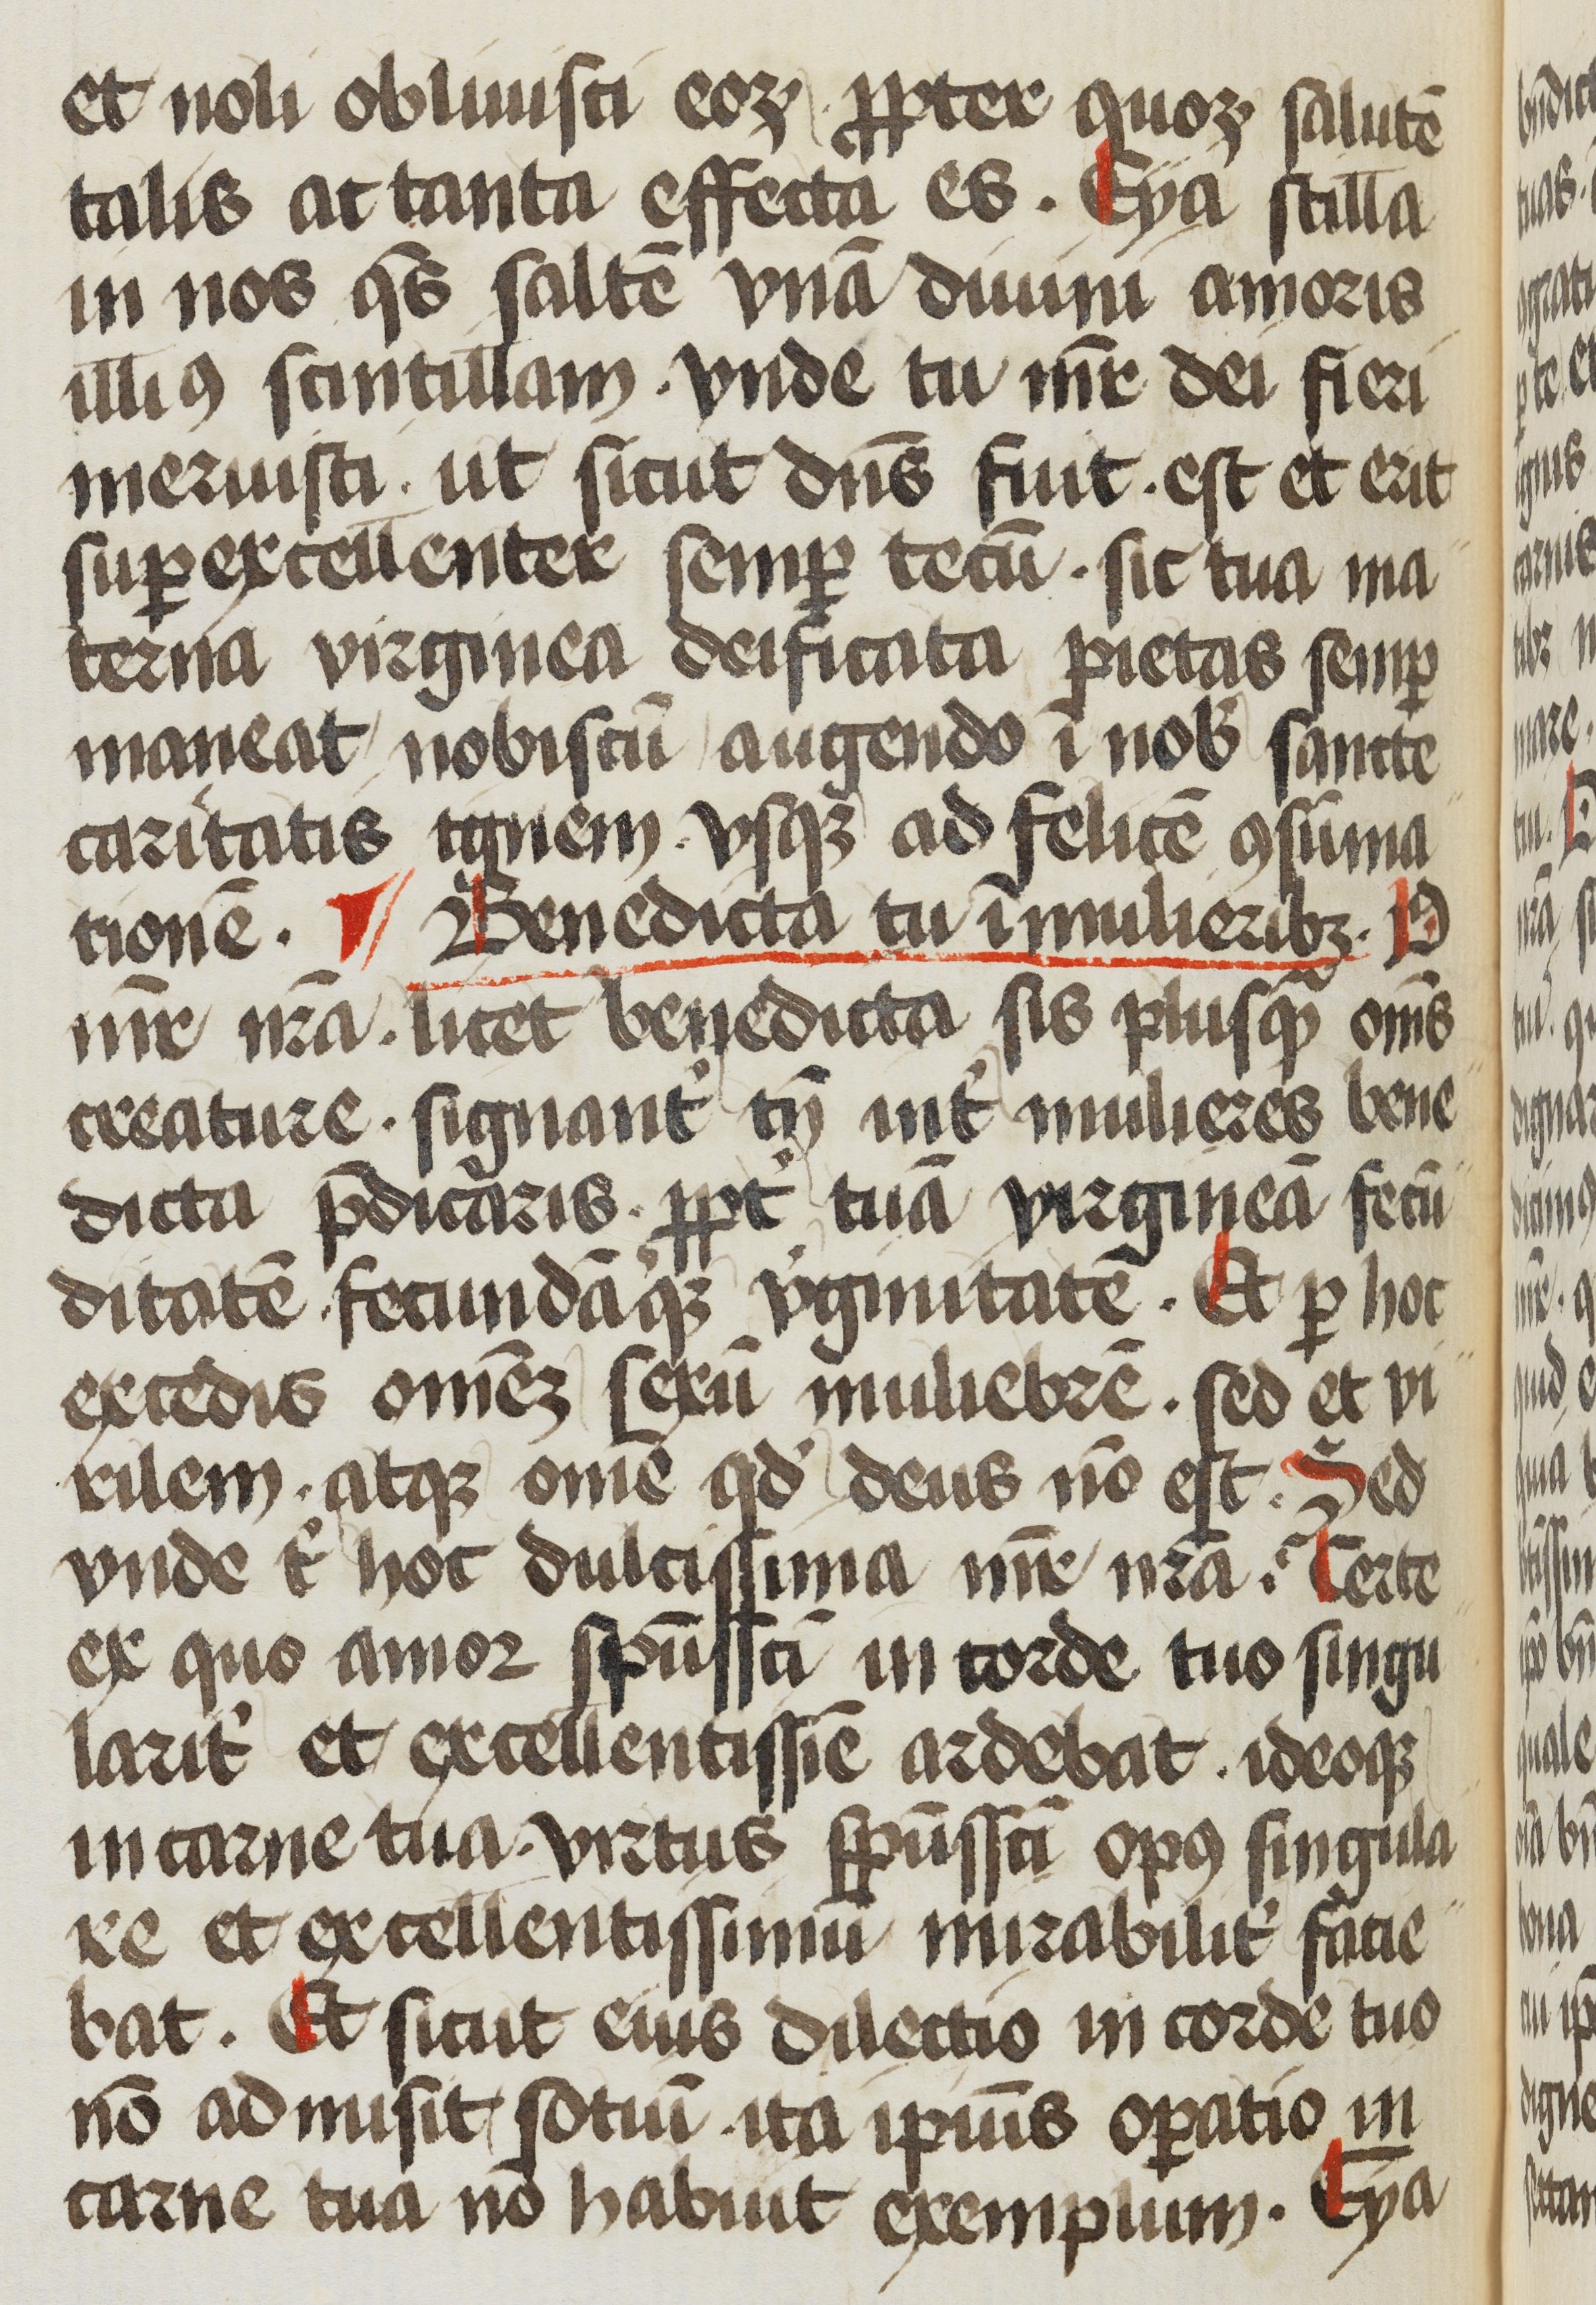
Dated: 1472–1472